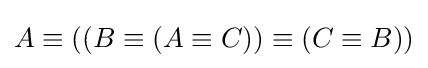
A\equiv ((B\equiv (A\equiv C))\equiv (C\equiv B))